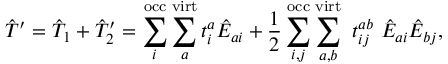
{ \hat { T } ^ { \prime } = \hat { T } _ { 1 } + \hat { T } _ { 2 } ^ { \prime } = \sum _ { i } ^ { \mathrm { o c c } } \sum _ { a } ^ { \mathrm { v i r t } } t _ { i } ^ { a } \hat { E } _ { a i } + \frac { 1 } { 2 } \sum _ { i , j } ^ { \mathrm { o c c } } \sum _ { a , b } ^ { \mathrm { v i r t } } ~ t _ { i j } ^ { a b } ~ \hat { E } _ { a i } \hat { E } _ { b j } } ,